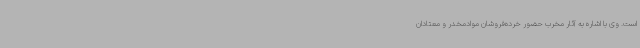
است. وی با اشاره به آثار مخرب حضور خرده‌فروشان موادمخدر و معتادان